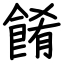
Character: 餚